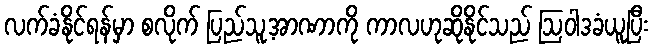
လက်ခံနိုင်ရန်မှာ စလိုက် ပြည်သူ့အာဏာကို ကာလဟုဆိုနိုင်သည် ဩဝါဒခံယူပြီး